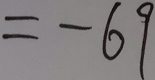
= - 6 9